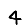
Digit: 4